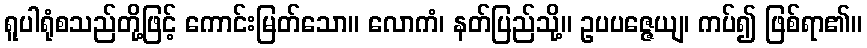
ရူပါရုံစသည်တို့ဖြင့် ကောင်းမြတ်သော။ လောကံ၊ နတ်ပြည်သို့။ ဥပပဇ္ဇေယျ၊ ကပ်၍ ဖြစ်ရာ၏။